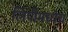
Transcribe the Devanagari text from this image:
लिपीमध्येच